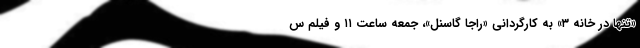
«تنها در خانه ۳» به کارگردانی «راجا گاسنل»، جمعه ساعت ۱۱ و فیلم س